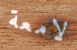
لامعة